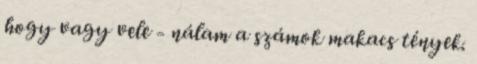
hogy vagy vele - nálam a számok makacs tények.